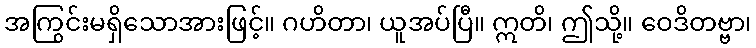
အကြွင်းမရှိသောအားဖြင့်။ ဂဟိတာ၊ ယူအပ်ပြီ။ ဣတိ၊ ဤသို့။ ဝေဒိတဗ္ဗာ၊